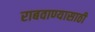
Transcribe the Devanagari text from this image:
राबवाण्यासाठी